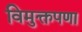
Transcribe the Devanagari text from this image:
विमुक्तपणा